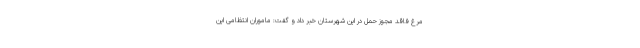
مرغ فاقد مجوز حمل در این شهرستان خبر داد و گفت: ماموران انتظامی این